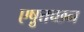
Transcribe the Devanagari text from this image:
एष़ुत्तच्छन